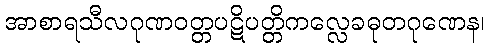
အာစာရသီလဂုဏဝတ္တပဋိပတ္တိကလ္လေခဓုတဂုဏေန၊